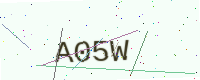
Text: A05W